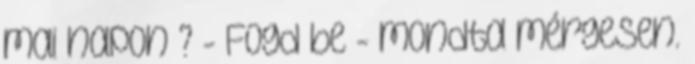
mai napon ? - Fogd be - mondta mérgesen.